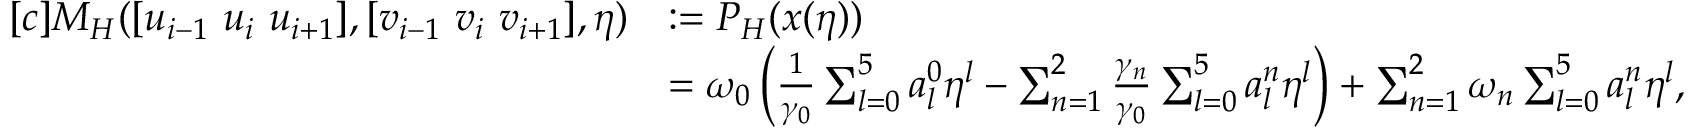
\begin{array} { r l } { [ c ] M _ { H } ( [ u _ { i - 1 } ~ u _ { i } ~ u _ { i + 1 } ] , [ v _ { i - 1 } ~ v _ { i } ~ v _ { i + 1 } ] , \eta ) } & { : = P _ { H } ( x ( \eta ) ) } \\ & { = \omega _ { 0 } \left( \frac { 1 } { \gamma _ { 0 } } \sum _ { l = 0 } ^ { 5 } a _ { l } ^ { 0 } \eta ^ { l } - \sum _ { n = 1 } ^ { 2 } \frac { \gamma _ { n } } { \gamma _ { 0 } } \sum _ { l = 0 } ^ { 5 } a _ { l } ^ { n } \eta ^ { l } \right) + \sum _ { n = 1 } ^ { 2 } \omega _ { n } \sum _ { l = 0 } ^ { 5 } a _ { l } ^ { n } \eta ^ { l } , } \end{array}